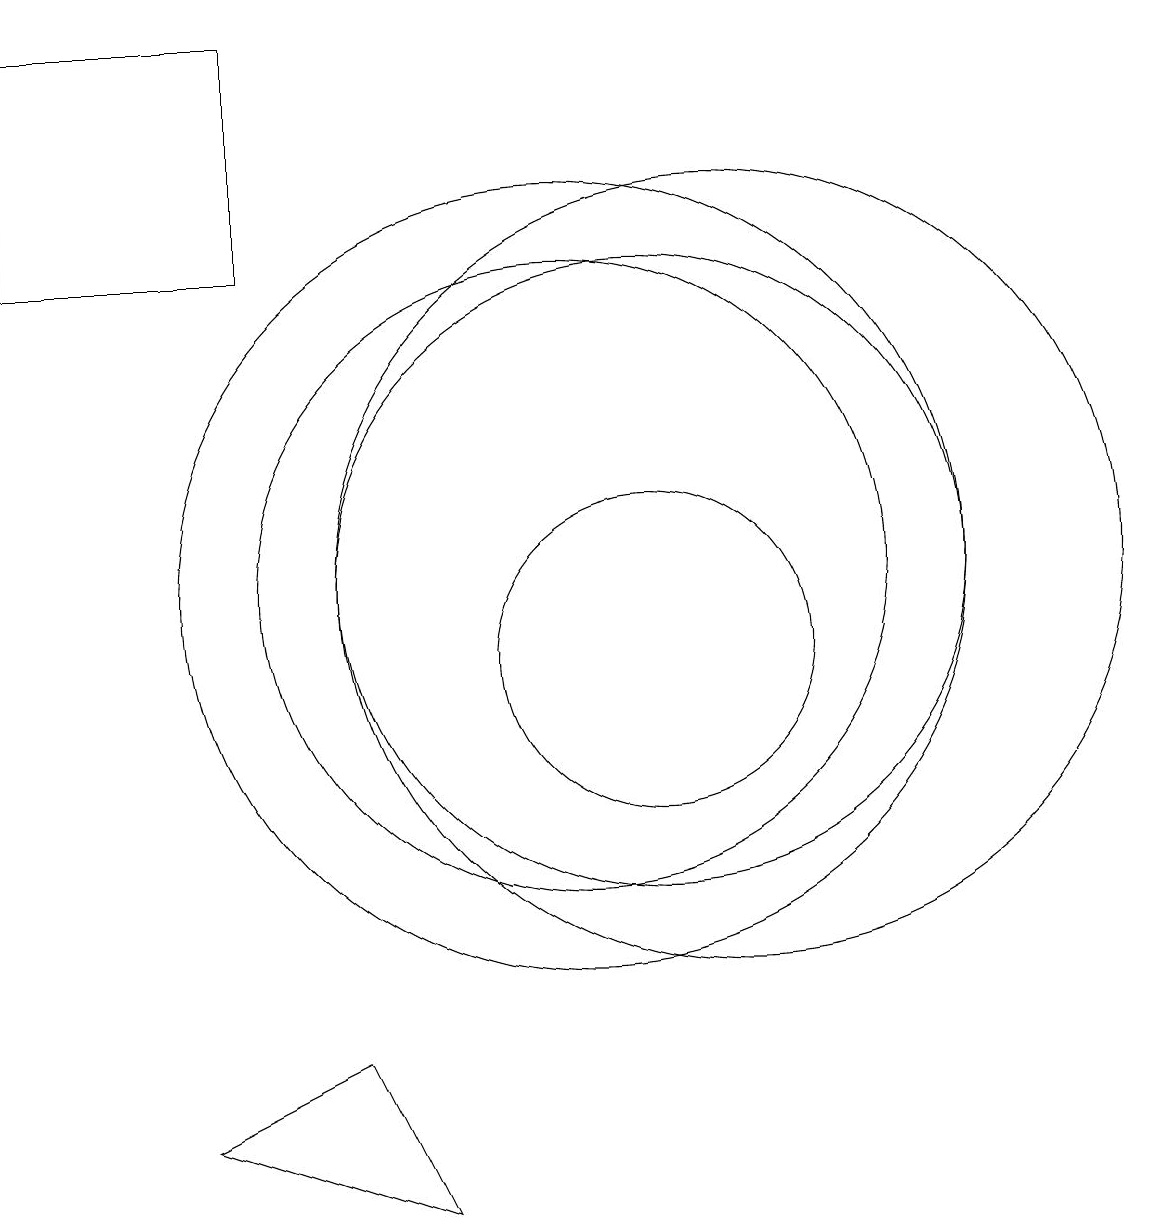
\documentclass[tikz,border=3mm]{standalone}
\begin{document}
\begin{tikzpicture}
\draw (10,12) circle (5);
\draw (11,12) circle (4);
\draw (10,12) circle (4);
\draw (11,11) circle (2);
\draw (8,4) -- (5,5) -- (7,6) -- cycle;
\draw (12,12) circle (5);
\draw (3,16) rectangle (6,19);
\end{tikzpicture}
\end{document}